Civil Veterinary Dept. North-West Frontier Province 1933-46 - 1933-1946
Year: 1933
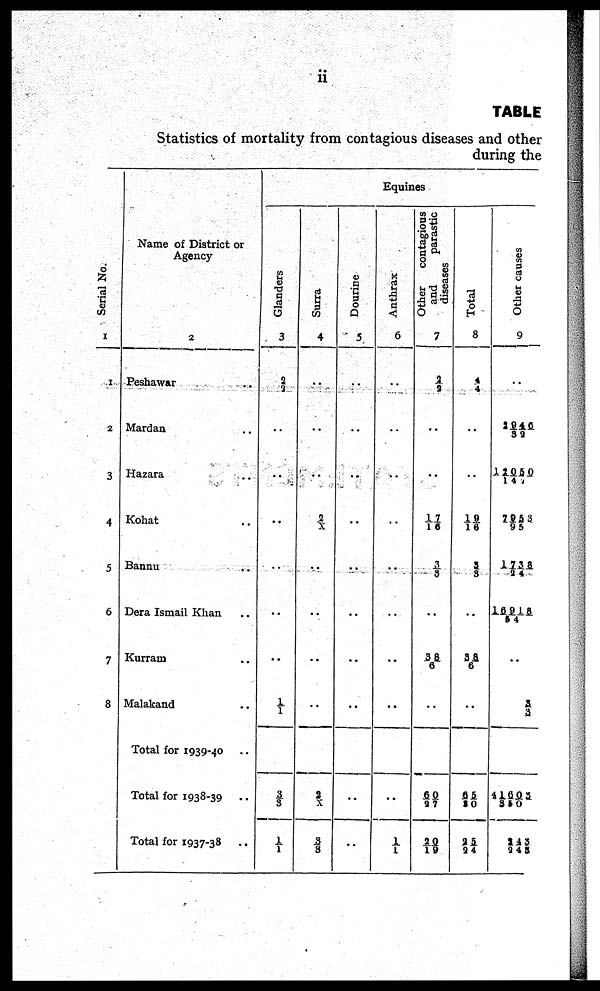
ii
TABLE
Statistics of mortality from contagious diseases and other
during the
Serial No.
1
1
2
3
4
5
6
7
8
Name of District or
Agency
2
Peshawar ..
Mardan ..
Hazara ..
Kohat ..
Bannu ..
Dera Ismail Khan ..
Kurram ..
Malakand ..
Total for 1939-40 ..
Total for 1938-39 ..
Total for 1937-38 ..
Glanders
3
5
..
..
..
..
..
..
1/1
3/3
1/1
Surra
4
..
..
..
2/ X
..
..
..
..
2/X
3/ 3
Dourine
5
..
..
..
..
..
..
..
..
..
..
Equines
Anthrax
6
..
..
..
..
..
..
..
..
..
1/1
Other
contagious
and
parastic
diseases
7
2/2
..
..
17/16
3/8
..
38/ 6
..
60/27
20/19
Total
8
4/4
..
..
19/16
3/8
..
38/6
..
65/30
25/24
Other causes
9
..
1940/32
12050/14
7953/95
1738/ 24
16918/84
..
..
41603/310
243/248